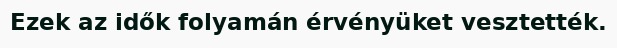
Ezek az idők folyamán érvényüket vesztették.